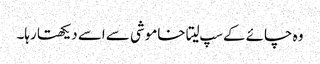
وہ چائے کے سپ لیتا خاموشی سے اسے دیکھتا رہا۔